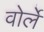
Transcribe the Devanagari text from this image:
वोर्ले